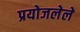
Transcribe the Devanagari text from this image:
प्रयोजलेले